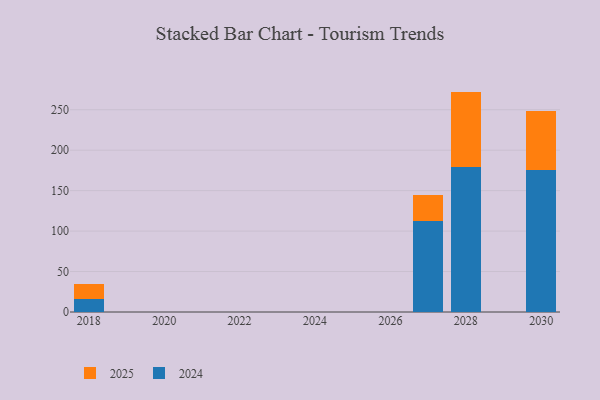
{"axis": {"x": "Year", "y": "Net Income (USD K)"}, "legend": ["2024", "2025"], "data": [{"x": "2030", "y": 72.8, "type": "2025"}, {"x": "2030", "y": 175.4, "type": "2024"}, {"x": "2018", "y": 18.6, "type": "2025"}, {"x": "2018", "y": 15.5, "type": "2024"}, {"x": "2027", "y": 32.3, "type": "2025"}, {"x": "2027", "y": 112.6, "type": "2024"}, {"x": "2028", "y": 93.7, "type": "2025"}, {"x": "2028", "y": 178.7, "type": "2024"}]}